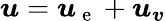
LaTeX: \boldsymbol{u}=\boldsymbol{u}_{\mathrm{~e~}}+\boldsymbol{u}_{\boldsymbol{v}}